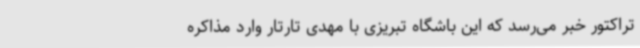
تراکتور خبر می‌رسد که این باشگاه تبریزی با مهدی تارتار وارد مذاکره